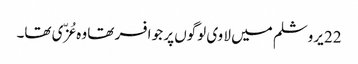
22 یروشلم میں لا وی لوگوں پر جو افسر تھا وہ عُزّی تھا۔